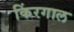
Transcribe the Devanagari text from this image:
किंरगाल